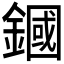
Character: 𨫵